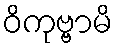
ဝိကုဗ္ဗာမိ